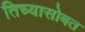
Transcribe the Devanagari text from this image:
तिच्यासोबत